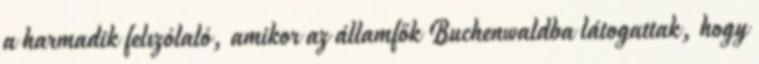
a harmadik felszólaló, amikor az államfők Buchenwaldba látogattak, hogy